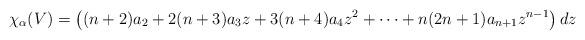
LaTeX: \begin{align*}\chi_{\alpha}(V) = \left((n+2)a_2 + 2(n+3)a_3z + 3(n+4)a_4z^2 + \cdots + n(2n+1)a_{n+1}z^{n-1}\right)dz\end{align*}